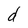
Character: d